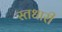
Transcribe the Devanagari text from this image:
स्तधारी